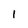
Character: l